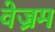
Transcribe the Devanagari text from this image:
वेज्रम